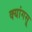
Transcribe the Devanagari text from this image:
क्यांगसू